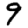
Digit: 9